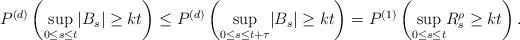
LaTeX: \begin{align*} P^{(d)}\left(\underset{0\leq s \leq t}{\sup}|B_s|\geq kt\right)\leq P^{(d)}\left(\underset{0\leq s \leq t+\tau}{\sup}|B_s|\geq kt\right)=P^{(1)}\left(\underset{0\leq s \leq t}{\sup}R^{\rho}_s\geq kt\right). \end{align*}